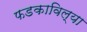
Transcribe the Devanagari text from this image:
फडकाविल्या